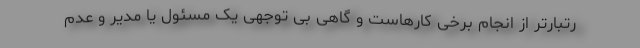
رتبارتر از انجام برخی کارهاست و گاهی بی توجهی یک مسئول یا مدیر و عدم